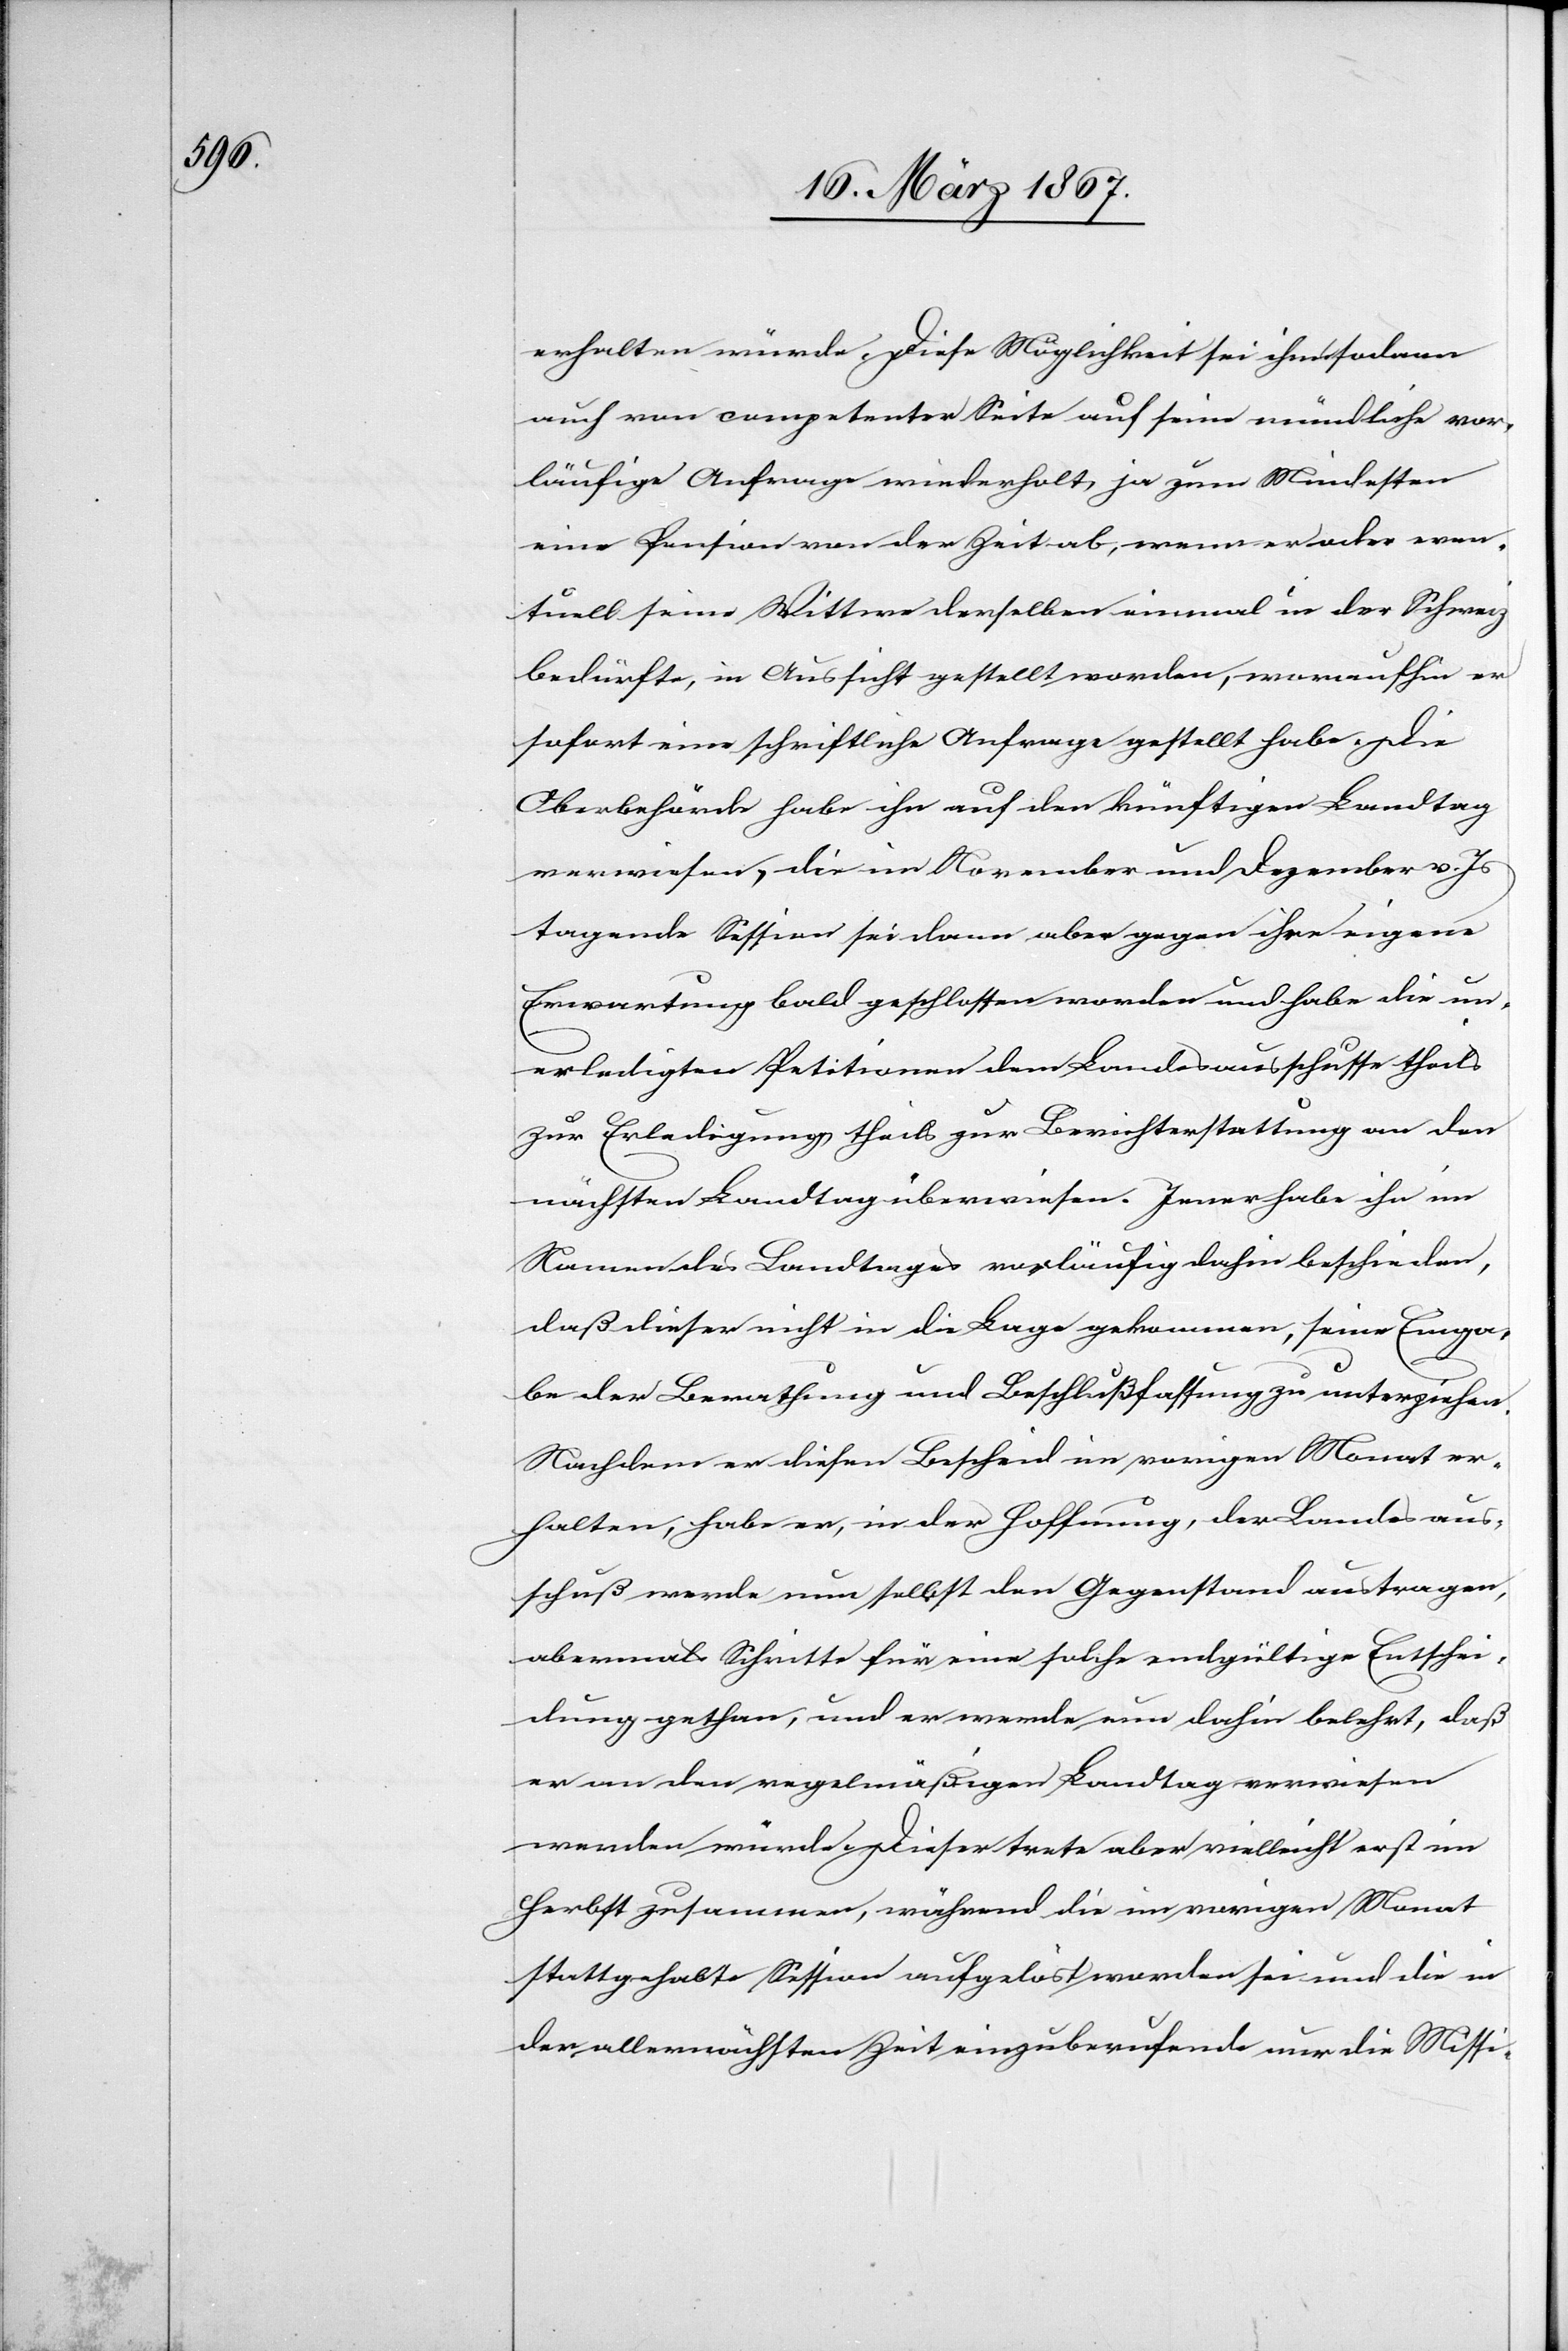
erhalten würde. Diese Möglichkeit sei ihm sodann
auch von competenter Seite auf seine mündliche vor¬
läufige Anfrage wiederholt, ja zum Mindesten
eine Pension von der Zeit ab, wenn er oder even¬
tuell seine Wittwe derselben einmal in der Schweiz
bedürfte, in Aussicht gestellt worden, woraufhin er
sofort eine schriftliche Anfrage gestellt habe. Die
Oberbehörde habe ihn auf den künftigen Landtag
verwiesen, die im November und Dezember v. Js
tagende Session sei dann aber gegen ihre eigene
Erwartung bald geschlossen worden und habe die un¬
erledigten Petitionen dem Landesausschusse theils
zur Erledigung theils zur Berichterstattung an den
nächsten Landtag überwiesen. Jener habe ihn im
Namen des Landtages vorläufig dahin beschieden,
daß dieser nicht in die Lage gekommen, seine Einga¬
be der Berathung und Beschlußfassung zu unterziehen.
Nachdem er diesen Bescheid im vorigen Monat er¬
halten, habe er, in der Hoffnung, der Landesaus¬
schuß werde nun selbst den Gegenstand austragen,
abermals Schritte für eine solche endgültige Entschei¬
dung gethan, und er werde nun dahin belehrt, daß
er an den regelmäßigen Landtag verwiesen
werden würde. Dieser trete aber vielleicht erst im
Herbst zusammen, während die im vorigen Monat
stattgehabte Session aufgelöst worden sei und die in
der allernächsten Zeit einzuberufende nur die Missi-